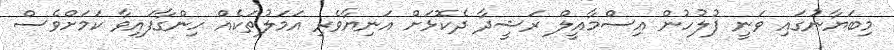
މިބަޔާނުގައި ވަނީ ފުލުހުން އިސްމާއީލް ރަޝީދާ ދެކޮޅަށް އަނިޔާވެރި އަމަލުތަކެއް ހިންގާފައިވާ ކަމަށްވެސް